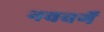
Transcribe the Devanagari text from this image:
नववर्गे